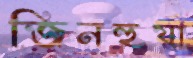
জিনহুয়া